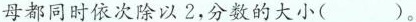
母都同时依次除以2，分数的大小( )。